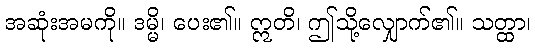
အဆုံးအမကို။ ဒမ္မိ၊ ပေး၏။ ဣတိ၊ ဤသို့လျှောက်၏။ သတ္ထာ၊